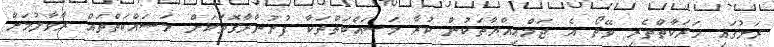
ރަށުގައި ހަރަކާތްތެރި ވޭތޯ އެ ޖަމްޢިއްޔާތަކުން ކުރާ މަސައްކަތްތަކާ ފުށުނާރާގޮތަކަށް މަސައްކަތްތައް ރާވާލުމަށް